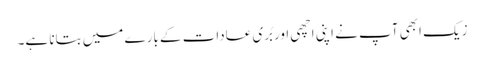
زیک ابھی آپ نے اپنی اچھی اور بُری عادات کے بارے میں بتانا ہے۔